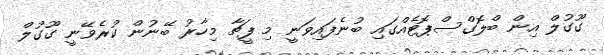
ގޫގުލް އިން ބްލޮގްސްޕޮޓެއްގައި ބުނެފައިވަނީ މި ފީޗާ މިހާރު ބޭނުން ކުރެވޭނީ ގޫގުލް